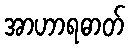
အာဟာရဓာတ်